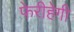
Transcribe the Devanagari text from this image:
फेरीहेगी